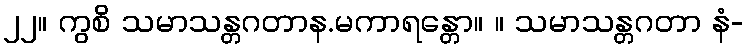
၂၂။ ကွစိ သမာသန္တဂတာန.မကာရန္တော။ ။ သမာသန္တဂတာ နံ-